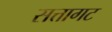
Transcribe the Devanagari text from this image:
सत्तागट